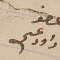
عضو داود عسى